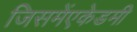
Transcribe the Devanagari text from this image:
जिसमेंएकेडमी